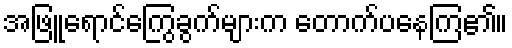
အဖြူရောင်ကြွေခွက်များက တောက်ပနေကြ၏။